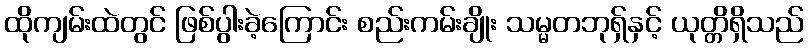
ထိုကျမ်းထဲတွင် ဖြစ်ပွါးခဲ့ကြောင်း စည်းကမ်းချိုး သမ္မတဘုရှ်နှင့် ယုတ္တိရှိသည်